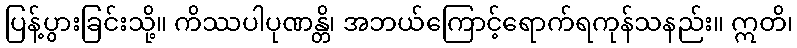
ပြန့်ပွားခြင်းသို့။ ကိဿပါပုဏန္တိ၊ အဘယ်ကြောင့်ရောက်ရကုန်သနည်း။ ဣတိ၊